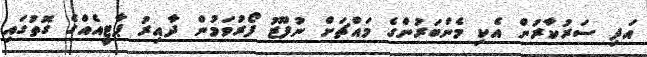
އަދި ސަރުކާރުން އެކި މެންބަރުންގެ މައްޗަށް ނުފޫޒު ފޯރުވަމުން ދާއިރު ޕާޓީއެއްގެ ގޮތުގައި